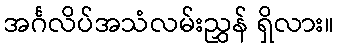
အင်္ဂလိပ်အသံလမ်းညွှန် ရှိလား။